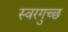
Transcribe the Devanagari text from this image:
स्वरगुच्छ